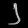
Digit: ၂